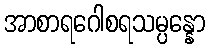
အာစာရဂေါစရသမ္ပန္နော